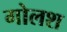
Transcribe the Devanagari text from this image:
गोलश